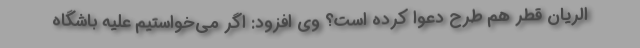
الریان قطر هم طرح دعوا کرده است؟ وی افزود: اگر می‌خواستیم علیه باشگاه